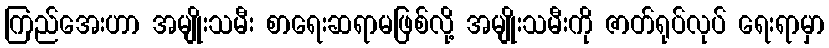
ကြည်အေးဟာ အမျိုးသမီး စာရေးဆရာမဖြစ်လို့ အမျိုးသမီးကို ဇာတ်ရုပ်လုပ် ရေးရာမှာ